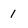
Character: 1